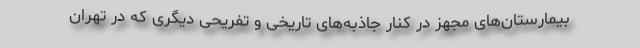
بیمارستان‌های مجهز در کنار جاذبه‌های تاریخی و تفریحی دیگری که در تهران